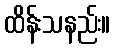
ထိန်းသနည်း။